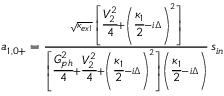
\begin{array} { r } { a _ { 1 , 0 + } = \frac { \sqrt { \kappa _ { e x 1 } } \, \left[ \cfrac { V _ { 2 } ^ { 2 } } { 4 } + \left( \cfrac { \kappa _ { 1 } } { 2 } - i \Delta \right) ^ { 2 } \right] } { \left[ \cfrac { G _ { p h } ^ { 2 } } { 4 } + \cfrac { V _ { 2 } ^ { 2 } } { 4 } + \left( \cfrac { \kappa _ { 1 } } { 2 } - i \Delta \right) ^ { 2 } \right] \left( \cfrac { \kappa _ { 1 } } { 2 } - i \Delta \right) } \, s _ { i n } } \end{array}